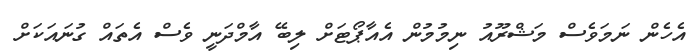
އެހެން ނަމަވެސް މަޝްރޫއު ނިމުމުން އެއާޕޯޓަށް ލިބޭ އާމްދަނީ ވެސް އެތައް ގުނައަކަށް